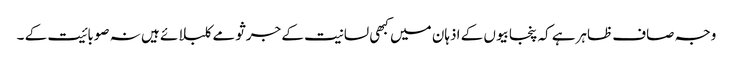
وجہ صاف ظاہرہے کہ پنجابیوں کے اذہان میں کبھی لسانیت کے جرثومے کلبلائے ہیں نہ صوبائیت کے ۔